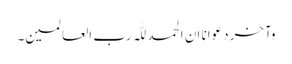
وآخر دعوانا ان الحمد للّٰہ رب العالمین۔